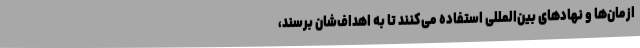
ازمان‌ها و نهادهای بین‌المللی استفاده می‌کنند تا به اهداف‌شان برسند،